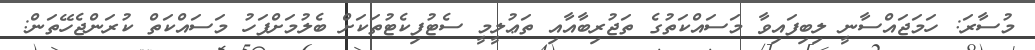
މުސާރަ: ހަމަޖައްސާނީ ލިބިފައިވާ މަސައްކަތުގެ ތަޖުރިބާއާއި ތަޢުލީމީ ސެޓުފިކެޓުތަކަށް ބެލުމަށްފަހު މަސައްކަތް ކުރަންޖެހޭތަން: